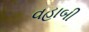
વહાબી